Vaccine operations Central Provinces 1868-1885 - 1868-1885
Year: 1868
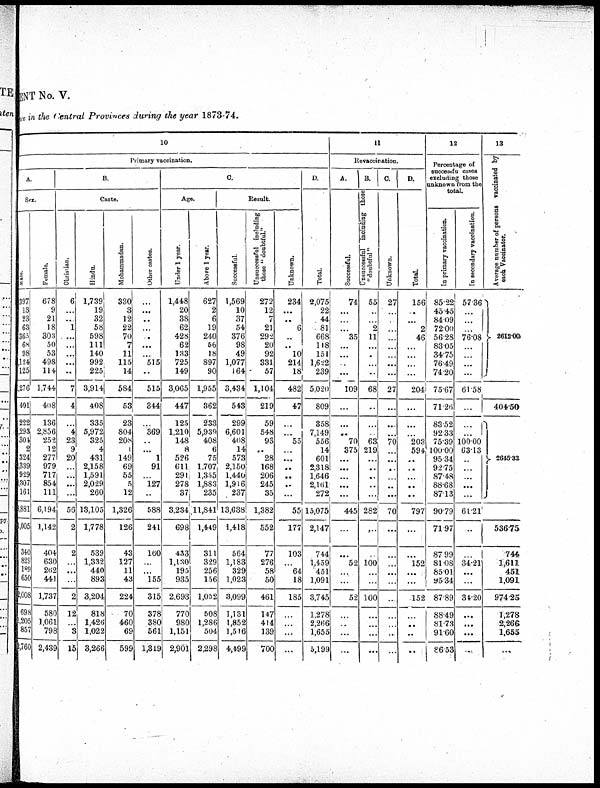
ENT No. V.
nce in the Central Provinces during the year 1873-74.
10
Primary vaccination.
A.
Sex.
Male.
397
13
23
63
365
68
98
124
125
1,276
401
222
293
304
2
324
339
929
1,307
161
8,881
1,005
340
829
189
650
2,008
698
1,205
857
2,766
Female.
678
9
21
18
303
50
53
498
114
1,744
408
136
2,856
252
12
277
979
717
854
111
6,194
1,142
404
630
262
441
1,737
580
1,061
798
2,439
B.
Caste.
Christian.
6
...
...
1
...
...
...
...
...
7
4
...
4
23
9
20
...
...
...
...
56
2
2
...
...
...
2
12
...
3
15
Hindu.
1,739
19
32
58
598
111
140
992
225
3,914
408
335
5,972
325
4
431
2,158
1,591
2,029
260
13,105
1,778
539
1,332
440
893
3,204
818
1,426
1,022
3,266
Mohammadan.
330
3
12
22
70
7
11
115
14
584
53
23
804
208
1
149
69
55
5
12
1,326
126
43
127
11
43
224
70
460
69
599
Other castes.
...
...
...
...
...
...
...
515
...
515
344
...
369
...
...
1
91
...
127
...
588
241
160
...
...
155
315
378
380
561
1,319
C.
Age.
Under 1 year.
1,448
20
38
62
428
62
133
725
149
3,065
447
125
1,210
148
8
526
611
291
278
37
3,234
698
433
1,130
195
935
2,693
770
980
1,151
2,901
Above 1 year.
627
2
6
19
240
56
18
897
90
1,955
362
233
5,939
408
6
75
1,707
1,355
1,883
235
11,841
1,449
311
329
256
156
1,052
508
1,286
504
2,298
Result.
Successful.
1,569
10
37
54
376
98
49
1,077
164
3,434
543
299
6,601
408
14
573
2,150
1,440
1,916
237
13,638
1,418
564
1,183
329
1,023
3,099
1,131
1,852
1,516
4,499
Unsuccessful including
those "doubtful"
272
12
7
21
292
20
92
331
57
1,104
219
59
548
93
...
28
168
206
245
35
1,382
552
77
276
58
50
461
147
414
139
700
Unknown.
234
...
...
6
...
...
10
214
18
482
47
...
...
55
...
...
...
...
...
...
55
177
103
...
64
18
185
...
...
...
...
D.
Total.
2,075
22
44
81
668
118
151
1,622
239
5,020
809
358
7,149
556
14
601
2,318
1,646
2,161
272
15,075
2,147
744
1,459
451
1,091
3,745
1,278
2,266
1,655
5,199
11
Revaccination.
A.
Successful.
74
...
...
...
35
...
...
...
...
109
...
...
...
70
375
...
...
...
...
...
445
...
...
52
...
...
52
...
...
...
...
B.
Unsuccessful including those
"doubtful"
55
...
...
2
11
...
...
...
...
68
...
...
...
63
219
...
...
...
...
...
282
...
...
100
...
...
100
...
...
...
...
C.
Unknown.
27
...
...
...
...
...
...
...
...
27
...
...
...
70
...
...
...
...
...
...
70
...
...
...
...
...
...
...
...
...
...
D.
Total.
156
...
...
2
46
...
...
...
...
204
...
...
...
203
594
...
...
...
...
...
797
...
...
152
...
...
152
...
...
...
...
12
Percentage of
successful cases
excluding those
unknown from the
total.
In primary vaccination.
85.22
45.45
84.09
72.00
56.28
83.05
34.75
76.49
74.20
75.67
71.26
83.52
92.33
75.39
100.00
95.34
92.75
87.48
88.68
87.13
90.79
71.97
87.99
81.08
85.01
95.34
87.89
88.49
81.73
91.60
86.53
In secondary vaccination.
57.36
...
...
...
76.08
...
...
...
...
61.58
...
...
...
100.00
63.13
...
...
...
...
...
61.21
...
...
34.21
...
...
34.20
...
...
...
...
13
Average number of persons vaccinated by
each Vaccinator.
2612.00
404.50
2645.33
536.75
744
1,611
451
1,091
974.25
1,278
2,266
1,655
...